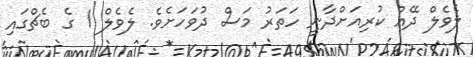
ލެވެލް ދޭއް ކުރިއަށްދާނީ ހަތަރު މަސް ދުވަހަށެވެ. ލެވެލް 1 ގެ ބެޗްގައި